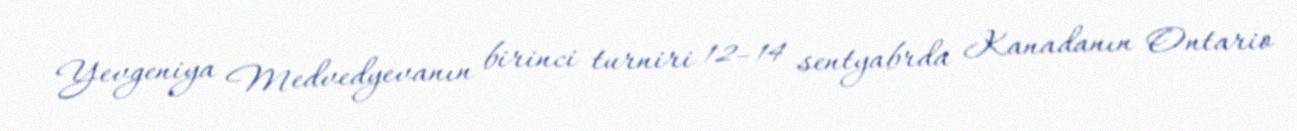
Yevgeniya Medvedyevanın birinci turniri 12–14 sentyabrda Kanadanın Ontario